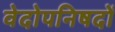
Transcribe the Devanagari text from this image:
वेदोपनिषदों